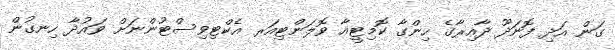
ގަން އަދި ފޮނަދޫ ދާއިރާގެ ހިންގާ ކޮމިޓީއާ ވޮލަންޓިއަރ އެކްޓިވިސްޓުންނަށް ވައުދާ ހިނގުން